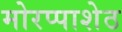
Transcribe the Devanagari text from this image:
मोरप्पाशेठ